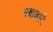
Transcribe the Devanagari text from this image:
रबाडाने